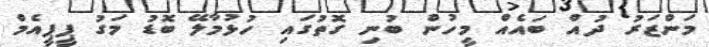
މަންޒަރު ދުއް ބައެއް މީހުން ބުނި ގޮތުގައި ހުޅުމާލޭ ބޮޑު މަގު ޕީޕީއެމް